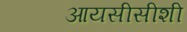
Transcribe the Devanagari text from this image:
आयसीसीशी